Civil Veterinary Department Bengal reports 1923-33 - 1923-1933
Year: 1923
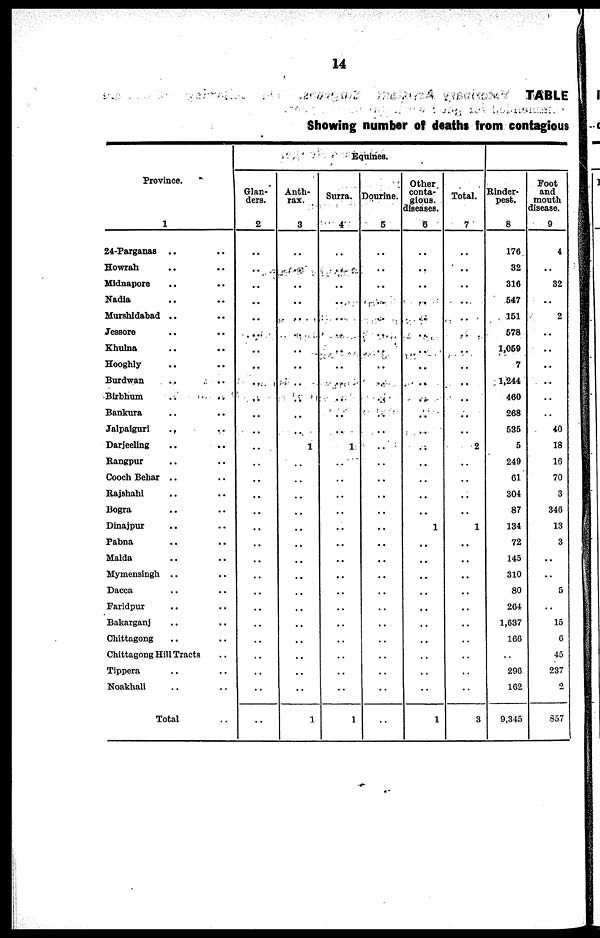
14
TABLE
Showing number off deaths from contagious
Province.
1
24-Parganas .. ..
Howrah .. ..
Midnapore .. ..
Nadia .. ..
Murshidabad .. ..
Jessore .. ..
Khulna .. ..
Hooghly .. ..
Burdwan .. ..
Birbhum .. ..
Bankura .. ..
Jalpaiguri .. ..
Darjeeling .. ..
Rangpur .. ..
Cooch Behar .. ..
Rajshahi .. ..
Bogra .. ..
Dinajpur .. ..
Pabna .. ..
Malda .. ..
Mymensingh .. ..
Dacca .. ..
Faridpur .. ..
Bakarganj .. ..
Chittagong .. ..
Chittagong Hill Tracts ..
Tippera .. ..
Noakhali .. ..
Total ..
Glan-
ders.
2
..
..
..
..
..
..
..
..
..
..
..
..
..
..
..
..
..
..
..
..
..
..
..
..
..
..
..
..
..
Anth-
rax.
3
..
..
..
..
..
..
..
..
..
..
..
..
1
..
..
..
..
..
..
..
..
..
..
..
..
..
..
..
1
Equines.
Surra.
4
..
..
..
..
..
..
..
..
..
..
..
..
1
..
..
..
..
..
..
..
..
..
..
..
..
..
..
..
1
Dourine.
5
..
..
..
..
..
..
..
..
..
..
..
..
..
..
..
..
..
..
..
..
..
..
..
..
..
..
..
..
..
Other
conta-
gious.
diseases.
6
..
..
..
..
..
..
..
..
..
..
..
..
..
..
..
..
..
1
..
..
..
..
..
..
..
..
..
..
1
Total.
7
..
..
..
..
..
..
..
..
..
..
..
..
2
..
..
..
..
1
..
..
..
..
..
..
..
..
..
..
3
Rinder-
pest.
8
176
32
316
547
151
578
1,059
7
1,244
460
268
535
5
249
61
304
87
134
72
145
310
80
204
1,637
166
..
296
162
9,345
Foot
and
mouth
disease.
9
4
..
32
..
2
..
..
..
..
..
..
40
18
10
70
3
346
13
3
..
..
5
..
15
6
45
237
2
357